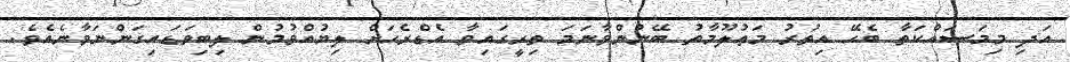
އަދި މިމަސައްކަތާ ބެހޭ އިތުރު މަޢުލޫމާތު ބޭނުންވާނަމަ ތިރީގައިވާ އެޑްރެހަށް ލިޔުއްވުމުން ލިބިވަޑައިގަންނަވާނެއެވެ.